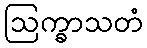
ဩက္ခာသတံ